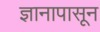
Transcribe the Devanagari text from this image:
ज्ञानापासून